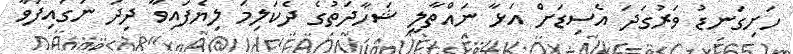
ހަށިގަނޑު ވަރުގަދަ އެސިޑަށް އަޅާ ނައްތާލީ ޝަހާދަތުގެ ދެކަލިމަ ލިޔެފައިވާ ދިދަ ނަގައިފަވާ